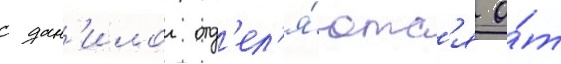
с дан'илои отд'ел'я́ютс'я о́т